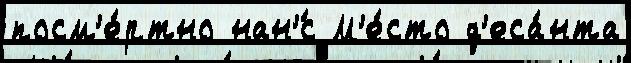
посм'е́ртно нан'́с М'е́сто д'еса́нта